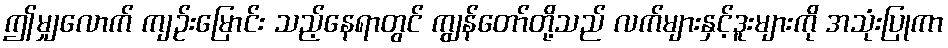
ဤမျှလောက် ကျဉ်းမြောင်း သည့်နေရာတွင် ကျွန်တော်တို့သည် လက်များနှင့်ဒူးများကို အသုံးပြုကာ